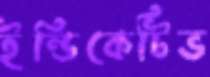
ইন্ডিকেটিভ